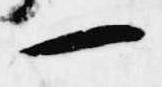
一